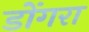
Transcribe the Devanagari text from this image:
डोंगरा